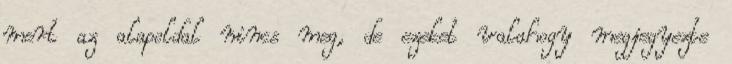
mert az alapoldal nincs meg, de ezeket valahogy megjegyezte